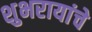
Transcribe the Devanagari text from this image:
शुभरायांचे